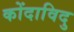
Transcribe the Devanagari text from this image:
कोंदाविदु